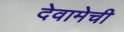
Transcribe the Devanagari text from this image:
देवामेची